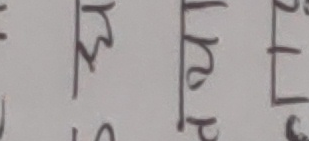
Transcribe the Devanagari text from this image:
श्री